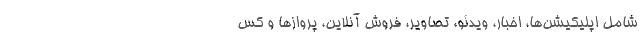
شامل اپلیکیشن‌ها، اخبار، ویدئو، تصاویر، فروش آنلاین، پروازها و کس